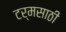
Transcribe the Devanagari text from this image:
टर्मसाठी